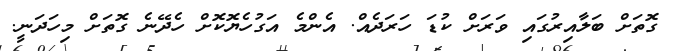
ގޮތަށް ބަލާއިރުގައި ވަރަށް ކުޑަ ހަރަދެއް. އެންމެ އަގުހެޔޮކޮށް ހެދޭނެ ގޮތަށް މިހަދަނީ.